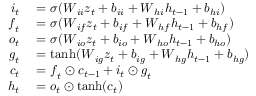
\begin{array} { r l } { \boldsymbol { i } _ { t } } & { { } = \sigma ( \boldsymbol { W } _ { i i } \boldsymbol { z } _ { t } + \boldsymbol { b } _ { i i } + \boldsymbol { W } _ { h i } \boldsymbol { h } _ { t - 1 } + \boldsymbol { b } _ { h i } ) } \\ { \boldsymbol { f } _ { t } } & { { } = \sigma ( \boldsymbol { W } _ { i f } \boldsymbol { z } _ { t } + \boldsymbol { b } _ { i f } + \boldsymbol { W } _ { h f } \boldsymbol { h } _ { t - 1 } + \boldsymbol { b } _ { h f } ) } \\ { \boldsymbol { o } _ { t } } & { { } = \sigma ( \boldsymbol { W } _ { i o } \boldsymbol { z } _ { t } + \boldsymbol { b } _ { i o } + \boldsymbol { W } _ { h o } \boldsymbol { h } _ { t - 1 } + \boldsymbol { b } _ { h o } ) } \\ { \boldsymbol { g } _ { t } } & { { } = \operatorname { t a n h } ( \boldsymbol { W } _ { i g } \boldsymbol { z } _ { t } + \boldsymbol { b } _ { i g } + \boldsymbol { W } _ { h g } \boldsymbol { h } _ { t - 1 } + \boldsymbol { b } _ { h g } ) } \\ { \boldsymbol { c } _ { t } } & { { } = \boldsymbol { f } _ { t } \odot \boldsymbol { c } _ { t - 1 } + \boldsymbol { i } _ { t } \odot \boldsymbol { g } _ { t } } \\ { \boldsymbol { h } _ { t } } & { { } = \boldsymbol { o } _ { t } \odot \operatorname { t a n h } ( \boldsymbol { c } _ { t } ) } \end{array}